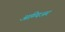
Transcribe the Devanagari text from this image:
अम्पिअर